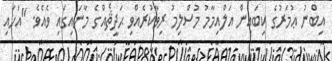
އިބްނު ޢުމަރުގެ ކިބައިން އަލްއިމާމު މުސްލިމު ރިވާކުރެއްވި ޙަދީޘެއްގެ މާނައިގައި ވެއެވެ. "އަހައި